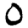
Digit: 0